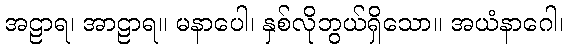
အဠာရ၊ အာဠာရ။ မနာပေါ၊ နှစ်လိုဘွယ်ရှိသော။ အယံနာဂေါ၊